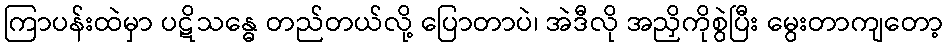
ကြာပန်းထဲမှာ ပဋိသန္ဓေ တည်တယ်လို့ ပြောတာပဲ၊ အဲဒီလို အညှိကိုစွဲပြီး မွေးတာကျတော့